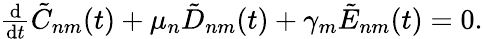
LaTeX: \begin{array}{r}{\frac{\textrm{d}}{\textrm{d}t}\tilde{C}_{nm}(t)+\mu_{n}\tilde{D}_{nm}(t)+\gamma_{m}\tilde{E}_{nm}(t)=0.}\end{array}